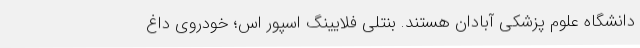
دانشگاه علوم پزشکی آبادان هستند. بنتلی فلایینگ اسپور اس؛ خودروی داغ